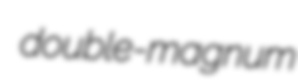
double-magnum